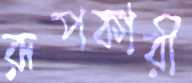
রূপকারী